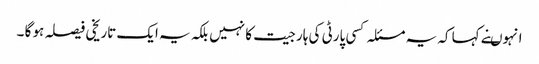
انہوںنے کہا کہ یہ مسئلہ کسی پارٹی کی ہار جیت کا نہیں بلکہ یہ ایک تاریخی فیصلہ ہو گا ۔